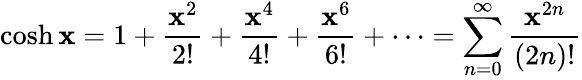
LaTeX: \cosh\mathbf{x}=1+{\frac{{\mathbf{x}^{2}}}{{2!}}}+{\frac{{\mathbf{x}^{4}}}{{4!}}}+{\frac{{\mathbf{x}^{6}}}{{6!}}}+\cdots=\sum_{n=0}^{\infty}{\frac{{\mathbf{x}^{2n}}}{{(2n)!}}}